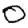
Digit: 0